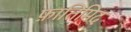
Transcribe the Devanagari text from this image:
फ़ातिमिद